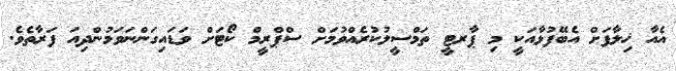
އެއާ ޚިލާފަށް އެބޭފުޅާއަކީ މި ޕާރޓީ ތަމްސީލުކުރެއްވުމަށް ސްޕްރީމް ކޯޓަށް ވަޑައިގަންނަވަމުންދިއަ ފަރާތެވެ.